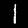
Digit: 1